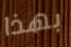
بهذا